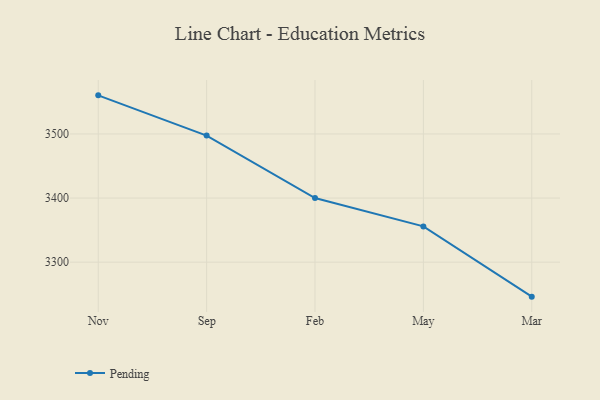
{"axis": {"x": "Month", "y": "Tickets Resolved"}, "legend": ["Pending"], "data": [{"x": "Nov", "y": 3560.2, "type": "Pending"}, {"x": "Sep", "y": 3497.4, "type": "Pending"}, {"x": "Feb", "y": 3400.0, "type": "Pending"}, {"x": "May", "y": 3355.8, "type": "Pending"}, {"x": "Mar", "y": 3246.2, "type": "Pending"}]}